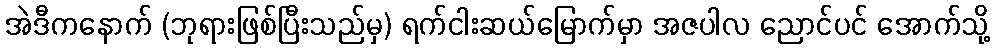
အဲဒီကနောက် (ဘုရားဖြစ်ပြီးသည်မှ) ရက်ငါးဆယ်မြောက်မှာ အဇပါလ ညောင်ပင် အောက်သို့